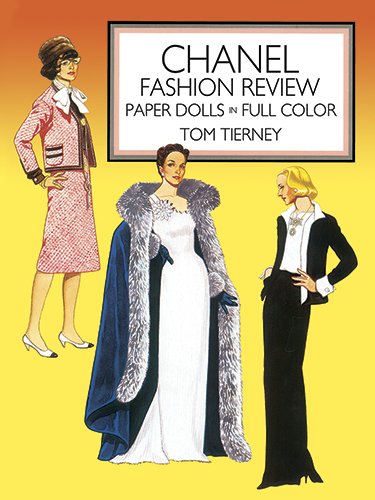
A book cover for Chanel Fashion Review Paper Dolls (Dover Paper Dolls); Tom Tierney; Crafts, Hobbies & Home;